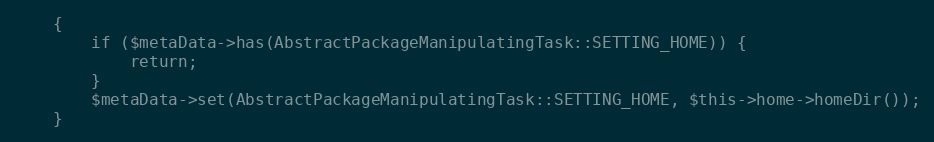
Language: PHP
    {
        if ($metaData->has(AbstractPackageManipulatingTask::SETTING_HOME)) {
            return;
        }
        $metaData->set(AbstractPackageManipulatingTask::SETTING_HOME, $this->home->homeDir());
    }